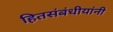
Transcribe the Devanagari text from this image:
हितसंबंधीयांनी